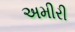
અમીરી